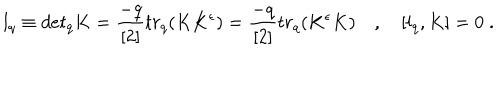
l _ { q } \equiv d e t _ { q } K = \frac { - q } { [ 2 ] } t r _ { q } ( K K ^ { \epsilon } ) = \frac { - q } { [ 2 ] } t r _ { q } ( K ^ { \epsilon } K ) \quad , \quad [ l _ { q } , K ] = 0 \; .